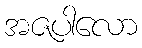
အဇပါလော